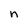
Character: n